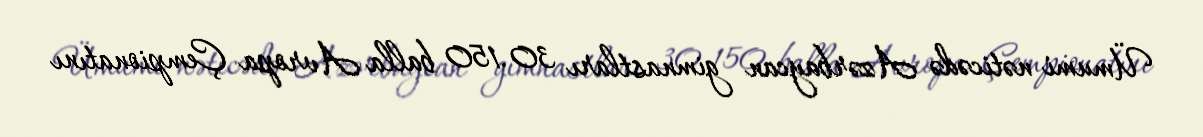
Ümumi nəticədə Azərbaycan gimnastları 30.150 balla Avropa Çempionatını